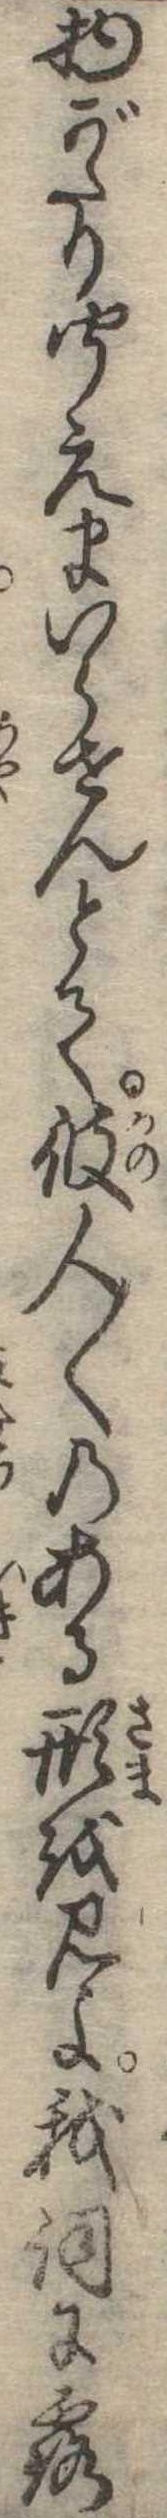
物がたり聞えまいらせんとて彼人〱のある形を見よ我詞に露